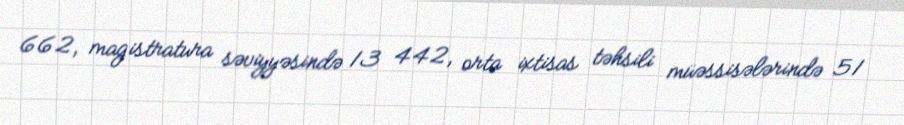
662, magistratura səviyyəsində 13 442, orta ixtisas təhsili müəssisələrində 51